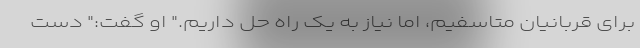
برای قربانیان متاسفیم، اما نیاز به یک راه حل داریم." او گفت:" دست